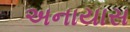
અનાયાસ